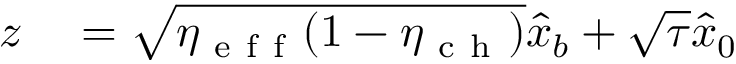
\begin{array} { r l } { z } & { { } = \sqrt { \eta _ { \mathrm { ~ e ~ f ~ f ~ } } ( 1 - \eta _ { \mathrm { ~ c ~ h ~ } } ) } \hat { x } _ { b } + \sqrt { \tau } \hat { x } _ { 0 } } \end{array}